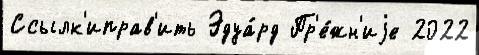
Ссылк'иправ'ить Эдуа́рд Пр'е́жн'иjе 2022